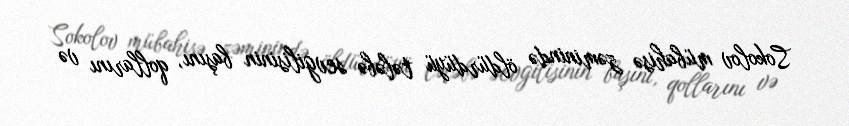
Sokolov mübahisə zəminində öldürdüyü tələbə sevgilisinin başını, qollarını və